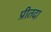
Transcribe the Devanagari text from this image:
प्रीतदा